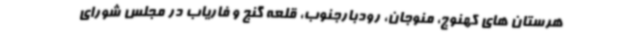
هرستان های کهنوج، منوجان، رودبارجنوب، قلعه گنج و فاریاب در مجلس شورای